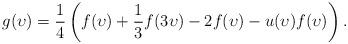
LaTeX: \begin{align*}g(\upsilon) = \frac 14\left( f(\upsilon) + \frac 13 f(3\upsilon) - 2f(\upsilon) - u(\upsilon)f(\upsilon)\right).\end{align*}